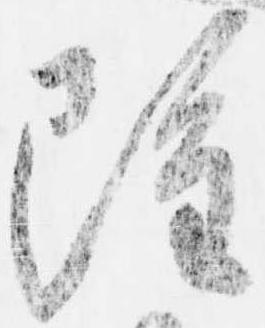
雖